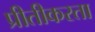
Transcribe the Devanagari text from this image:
प्रीतीकरता